Problem: 3 × 6 = ?
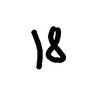
Handwritten answer: 18